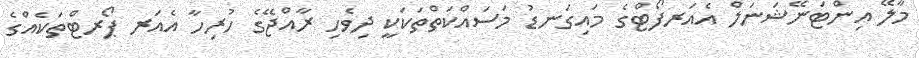
މާލޭ އިންޓަނޭޝަނަލް އެއަރފޯޓްގެ މައިގަނޑު މަސައްކަތްތަކަކީ ދިވެހި ރާއްޖޭގެ ހުރިހާ އެއަރ ޕޯރޓްތަކެއްގެ